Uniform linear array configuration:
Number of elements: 24
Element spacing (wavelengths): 0.25
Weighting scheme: cosine
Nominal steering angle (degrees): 30
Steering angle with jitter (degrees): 30.242
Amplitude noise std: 0.05
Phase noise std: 0.05

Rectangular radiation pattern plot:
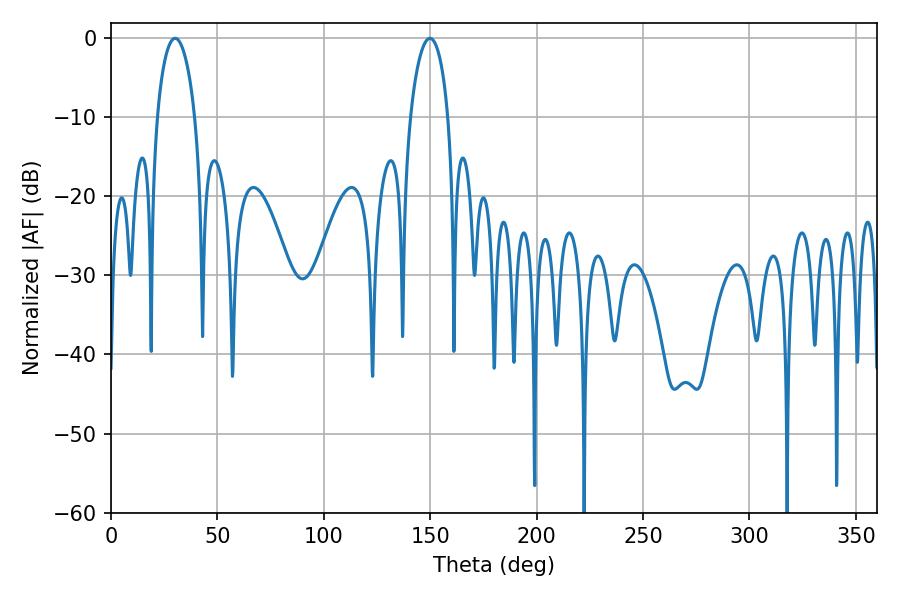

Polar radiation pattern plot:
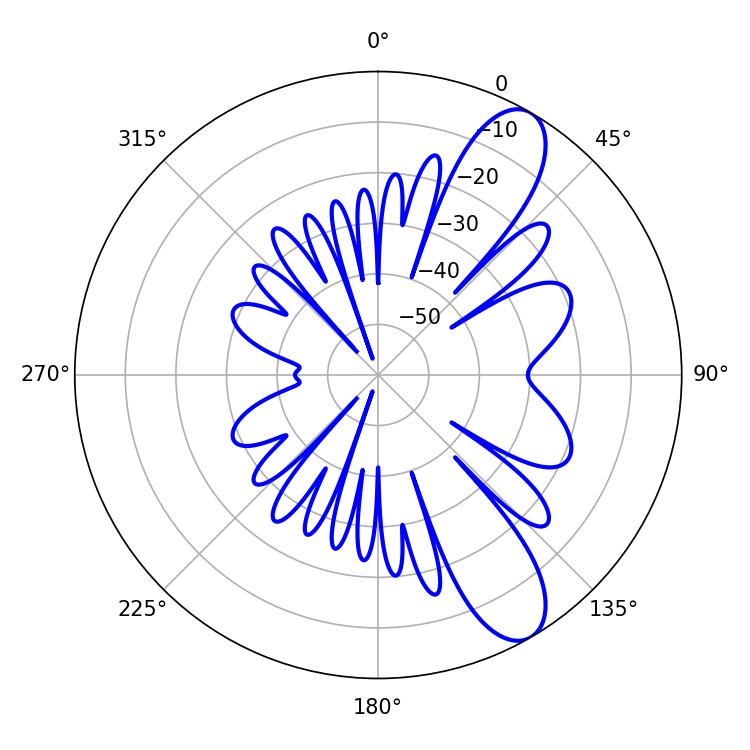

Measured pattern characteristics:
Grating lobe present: FALSE
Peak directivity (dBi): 10.056
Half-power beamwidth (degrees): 10.08
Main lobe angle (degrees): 30.06